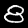
Digit: 8